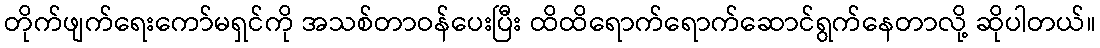
တိုက်ဖျက်ရေးကော်မရှင်ကို အသစ်တာဝန်ပေးပြီး ထိထိရောက်ရောက်ဆောင်ရွက်နေတာလို့ ဆိုပါတယ်။